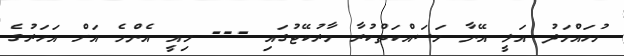
މުހައްމަދު އަލީ އޭނާ މަސައްކަތްކުރާ މާރުކޭޓުގައި --- މިއީ އެންމެ އަށް އަހަރުގެ